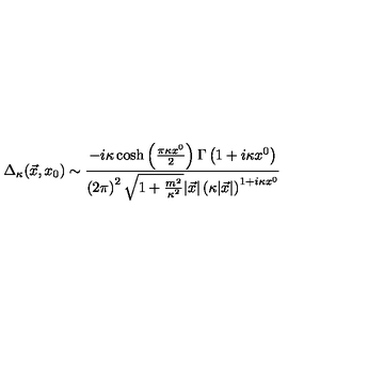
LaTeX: \Delta _ { \kappa } ( \vec { x } , x _ { 0 } ) \sim { \frac { - i \kappa \cosh \left( { \frac { \pi \kappa x ^ { 0 } } { 2 } } \right) \Gamma \left( 1 + i \kappa x ^ { 0 } \right) } { \left( 2 \pi \right) ^ { 2 } \sqrt { 1 + { \frac { m ^ { 2 } } { \kappa ^ { 2 } } } } | \vec { x } | \left( \kappa | \vec { x } | \right) ^ { 1 + i \kappa x ^ { 0 } } } }